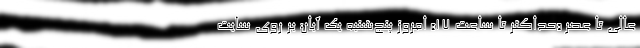
عالی تا عصر «حداکثر تا ساعت ۱۷» امروز پنج‌شنبه یک آبان بر روی سایت